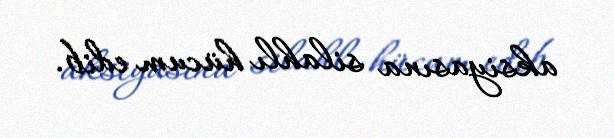
aksiyasına silahlı hücum edib.